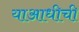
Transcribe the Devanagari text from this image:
याआधीची